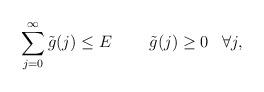
LaTeX: \begin{align*}\displaystyle\sum\limits_{j=0}^\infty \tilde{g}(j) \le E \;\;\;\; \;\;\;\ \tilde{g}(j) \ge 0 \;\;\; \forall j,\end{align*}